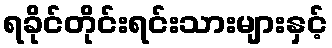
ရခိုင်တိုင်းရင်းသားများနှင့်